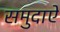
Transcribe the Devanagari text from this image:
समुदाऐ